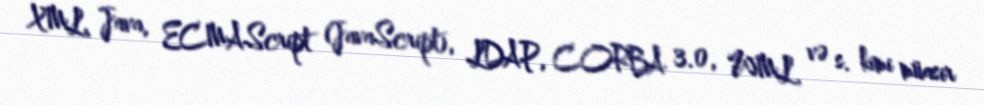
XML, Java, ECMAScript (JavaScript), LDAP, CORBA 3.0, WML və s. kimi müasir